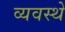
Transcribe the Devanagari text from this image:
व्यवस्थे